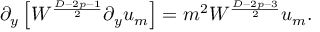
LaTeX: \partial _ { y } \left[ { \cal W } ^ { \frac { D - 2 p - 1 } { 2 } } \partial _ { y } u _ { m } \right] = m ^ { 2 } { \cal W } ^ { \frac { D - 2 p - 3 } { 2 } } u _ { m } .